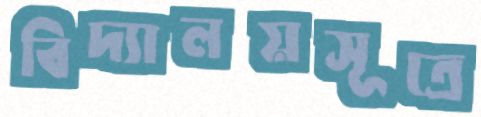
বিদ্যালয়সূত্রে